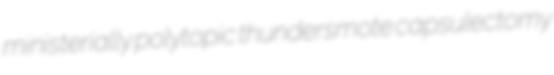
ministerially polytopic thundersmote capsulectomy